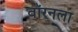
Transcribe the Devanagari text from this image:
वॉरनला